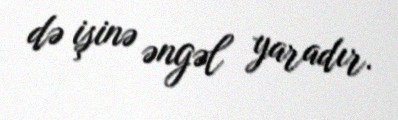
də işinə əngəl yaradır.